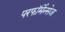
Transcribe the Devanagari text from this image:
परफॉर्मेन्सेज